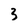
Character: 3